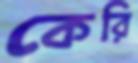
কেরি